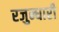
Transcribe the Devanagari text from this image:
रजुन्धारी